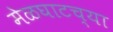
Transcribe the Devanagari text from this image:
मेळघाटच्या